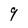
Character: 9